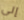
إلى